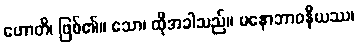
ဟောတိ၊ ဖြစ်၏။ သော၊ ထိုအခါသည်။ မနောဘာဝနီယဿ၊